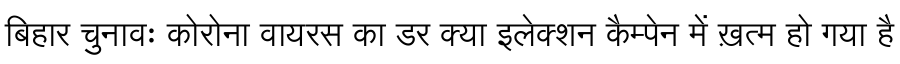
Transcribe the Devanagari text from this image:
बिहार चुनावः कोरोना वायरस का डर क्या इलेक्शन कैम्पेन में ख़त्म हो गया है